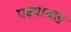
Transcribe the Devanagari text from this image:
पक्ष्याकडे